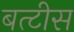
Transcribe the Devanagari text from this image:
बत्टीस